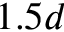
1 . 5 d